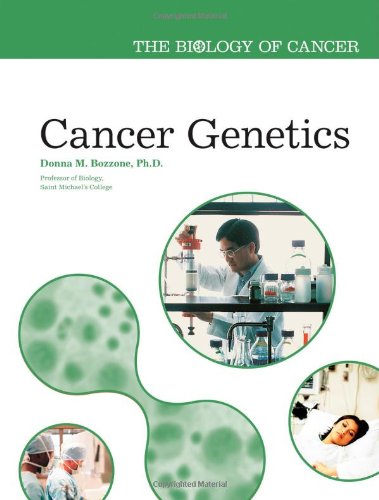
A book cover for Cancer Genetics (The Biology of Cancer); Donna M. Bozzone; Teen & Young Adult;